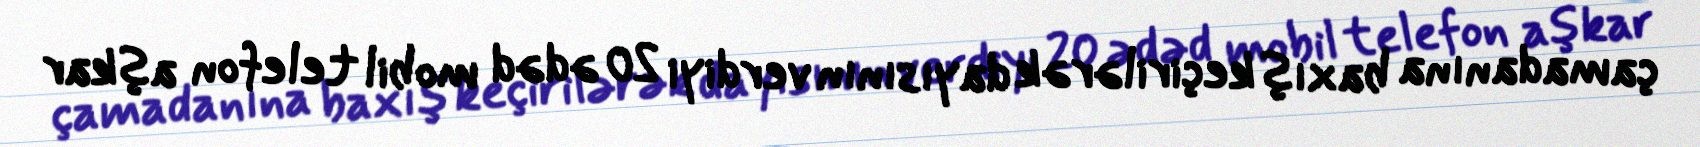
çamadanına baxış keçirilərək dayısının verdiyi 20 ədəd mobil telefon aşkar